Scientific memoirs by medical officers of the Army of India - Part VII,
Year: 1892
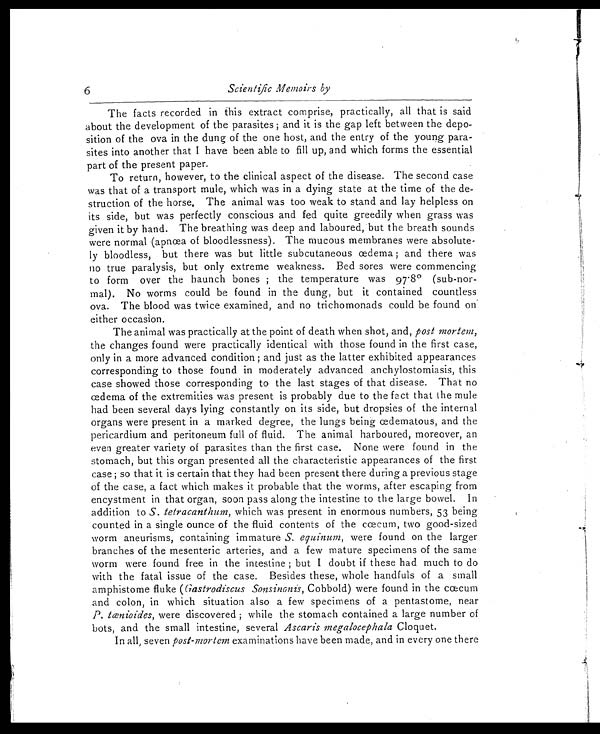
6
Scientific Memoirs by
The facts recorded in this extract comprise, practically, all that is said
about the development of the parasites ; and it is the gap left between the depo-
sition of the ova in the dung of the one host, and the entry of the young para-
sites into another that I have been able to fill up, and which forms the essential
part of the present paper.
To return, however, to the clinical aspect of the disease. The second case
was that of a transport mule, which was in a dying state at the time of the de-
struction of the horse, The animal was too weak to stand and lay helpless on
its side, but was perfectly conscious and fed quite greedily when grass was
given it by hand. The breathing was deep and laboured, but the breath sounds
were normal (apnœa of bloodlessness). The mucous membranes were absolute-
ly bloodless, but there was but little subcutaneous œdema ; and there was
no true paralysis, but only extreme weakness. Bed sores were commencing
to form over the haunch bones ; the temperature was 97.8° (sub-nor-
mal). No worms could be found in the dung, but it contained countless
ova. The blood was twice examined, and no trichomonads could be found on
either occasion.
The animal was practically at the point of death when shot, and, post mortem,
the changes found were practically identical with those found in the first case,
only in a more advanced condition ; and just as the latter exhibited appearances
corresponding to those found in moderately advanced anchylostomiasis, this
case showed those corresponding to the last stages of that disease. That no
cedema of the extremities was present is probably due to the fact that the mule
had been several days lying constantly on its side, but dropsies of the internal
organs were present in a marked degree, the lungs being œdematous, and the
pericardium and peritoneum full of fluid. The animal harboured, moreover, an
even greater variety of parasites than the first case. None were found in the
stomach, but this organ presented all the characteristic appearances of the first
case ; so that it is certain that they had been present there during a previous stage
of the case, a fact which makes it probable that the worms, after escaping from
encystment in that organ, soon pass along the intestine to the large bowel. In
addition to S. tetracanthum, which was present in enormous numbers, 53 being
counted in a single ounce of the fluid contents of the ccecum, two good-sized
worm aneurisms, containing immature S. equinum, were found on the larger
branches of the mesenteric arteries, and a few mature specimens of the same
worm were found free in the intestine ; but I doubt if these had much to do
with the fatal issue of the case. Besides these, whole handfuls of a small
amphistome fluke ( Gastrodiscus Sonsinanis, Cobbold) were found in the cœcum
and colon, in which situation also a few specimens of a pentastome, near
P. tœnioides, were discovered ; while the stomach contained a large number of
hots, and the small intestine, several Ascaris megalocephala Cloquet.
In all, seven post-mortem examinations have been made, and in every one there